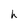
Character: h